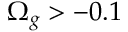
\Omega _ { g } > - 0 . 1